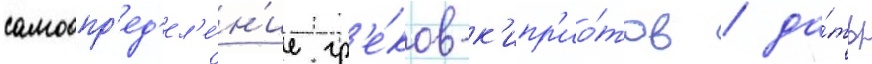
самоопр'ед'ел'е́н'ие гр'е́ков-к'ипр'ио́тов / да́ть